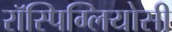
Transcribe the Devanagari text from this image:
रॉस्पिग्लियोसी